Insane asylums Bombay 1873-77 - 1873-1877
Year: 1873
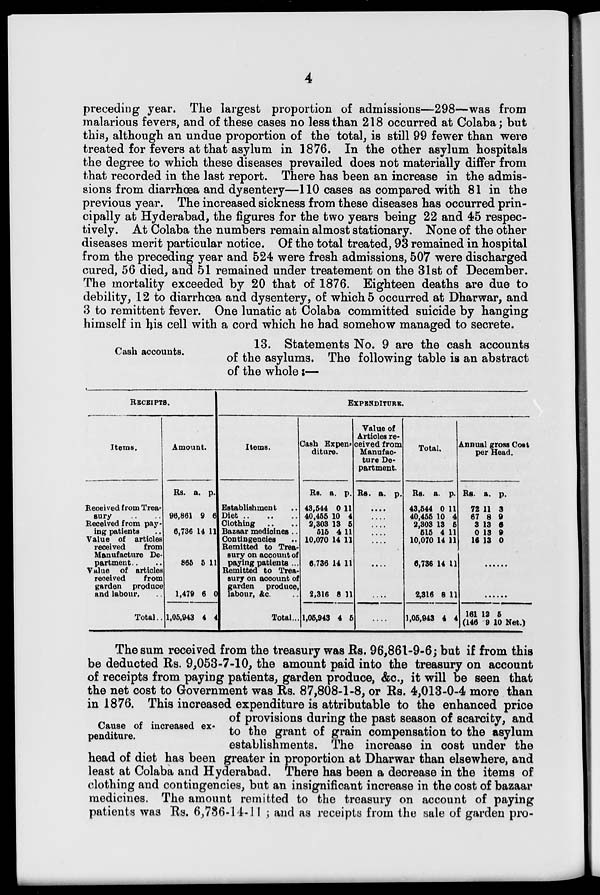
4
preceding year. The largest proportion of admissions—298—was from
malarious fevers, and of these cases no less than 218 occurred at Colaba; but
this, although an undue proportion of the total, is still 99 fewer than were
treated for fevers at that asylum in 1876. In the other asylum hospitals
the degree to which these diseases prevailed does not materially differ from
that recorded in the last report. There has been an increase in the admis-
sions from diarrhœa and dysentery—110 cases as compared with 81 in the
previous year. The increased sickness from these diseases has occurred prin-
cipally at Hyderabad, the figures for the two years being 22 and 45 respec-
tively. At Colaba the numbers remain almost stationary. None of the other
diseases merit particular notice. Of the total treated, 93 remained in hospital
from the preceding year and 524 were fresh admissions, 507 were discharged
cured, 56 died, and 51 remained under treatement on the 31st of December.
The mortality exceeded by 20 that of 1876. Eighteen deaths are due to
debility, 12 to diarrhoea and dysentery, of which 5 occurred at Dharwar, and
3 to remittent fever. One lunatic at Colaba committed suicide by hanging
himself in his cell with a cord which he had somehow managed to secrete.
Cash accounts.
13. Statements No. 9 are the cash accounts
of the asylums. The following table is an abstract
of the whole :—
RECEIPTS.
Items.
Received from Trea-
sury ... ..
Received from pay-
ing patients ..
Value of articles
received
from
Manufacture De-
partment.. ..
Value of articles
received
from
garden produce
and labour. ..
Total..
Amount.
Rs.
96,861
6,736
865
1,479
1,05,943
a.
9
14
5
6
4
p.
6
11
11
0
4
EXPENDITURE.
Items.
Establishment ..
Diet..
..
..
Clothing .. ..
Bazaar medicines..
Contingencies ...
Remitted to Trea-
sury on account of
paying patients ...
Remitted to Trea-
sury on account of
garden
produce,
labour, &c. ..
Total...
Cash Expen-
diture.
Rs.
43,544
40,455
2,303
515
10,070
6,736
2,316
1,05,943
a.
0
10
13
4
14
14
8
4
p.
11
4
5
11
11
11
11
5
Value of
Articles re-
ceived from
Manufac-
ture De-
partment.
Rs. a. p.
....
....
....
....
....
....
....
....
Total.
Rs.
43,544
40,455
2,303
515
10,070
6,736
2,316
1,05,943
a.
0
10
13
4
14
14
8
4
p.
11
4
5
11
11
11
11
4
Annual gross Cost
per Head.
Rs.
72
67
3
0
16
a.
11
8
13
13
13
p.
3
9
6
9
0
......
......
161
(146
12
9
5
10 Net.)
Cause of increased ex-
penditure.
The sum received from the treasury was Rs. 96,861-9-6; but if from this
be deducted Rs. 9,053-7-10, the amount paid into the treasury on account
of receipts from paying patients, garden produce, &c., it will be seen that
the net cost to Government was Rs. 87,808-1-8, or Rs. 4,013-0-4 more than
in 1876. This increased expenditure is attributable to the enhanced price
of provisions during the past season of scarcity, and
to the grant of grain compensation to the asylum
establishments. The increase in cost under the
head of diet has been greater in proportion at Dharwar than elsewhere, and
least at Colaba and Hyderabad. There has been a decrease in the items of
clothing and contingencies, but an insignificant increase in the cost of bazaar
medicines. The amount remitted to the treasury on account of paying
patients was Rs. 6,736-14-11 ; and as receipts from the sale of garden pro-